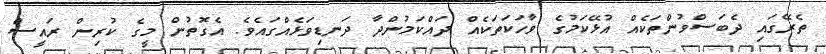
ތެރޭގައި ދެބަސްވުންތަކެއް އުޅޭކަމުގެ ވާހަކަތަކެއް ދައްކަމުންދާ ދަނޑިވަޅެއްގައެވެ. އެގޮތުން މީގެ ކުރިން ރައީސް